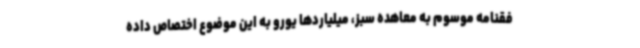
فقنامه موسوم به معاهده سبز، میلیاردها یورو به این موضوع اختصاص داده